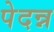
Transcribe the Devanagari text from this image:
पेदन्न